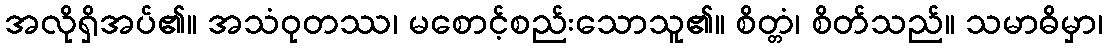
အလိုရှိအပ်၏။ အသံဝုတဿ၊ မစောင့်စည်းသောသူ၏။ စိတ္တံ၊ စိတ်သည်။ သမာဓိမှာ၊